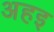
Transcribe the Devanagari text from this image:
अहइ